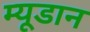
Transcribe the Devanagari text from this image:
म्यूडान